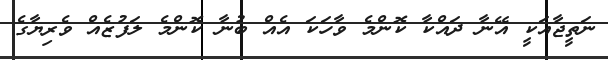
ނަތީޖާއަކީ އޭނާ ދައްކާ ކޮންމެ ވާހަކަ އެއް ބުނާ ކޮންމެ ލަފުޒެއް ވެރިޔާގެ